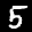
Label: 5